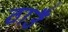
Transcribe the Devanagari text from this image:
ठाउँ